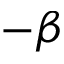
- \beta